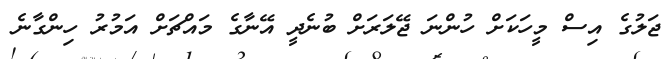
ޖަލުގެ އިސް މީހަކަށް ހުންނަ ޖޭލަރަށް ބުނެދީ އޭނާގެ މައްޗަށް އަމުރު ހިންގާނެ